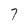
Character: 7